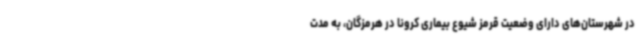
در شهرستان‌های دارای وضعیت قرمز شیوع بیماری کرونا در هرمزگان، به مدت